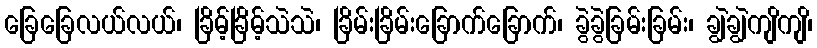
ခြေခြေလယ်လယ်၊ ခြိမ့်ခြိမ့်သဲသဲ၊ ခြိမ်းခြိမ်းခြောက်ခြောက်၊ ခွဲခွဲခြမ်းခြမ်း၊ ချွဲချွဲကျိကျိ၊